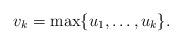
LaTeX: \begin{align*}v_{k} = \max\{u_{1}, \dots, u_{k}\}.\end{align*}